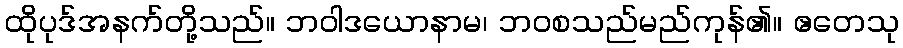
ထိုပုဒ်အနက်တို့သည်။ ဘဝါဒယောနာမ၊ ဘဝစသည်မည်ကုန်၏။ ဧတေသု